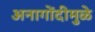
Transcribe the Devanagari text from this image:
अनागोंदीमुळे